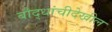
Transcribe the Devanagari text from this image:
बौद्धांचीदेखील